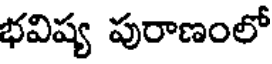
భవిష్య పురాణంలో